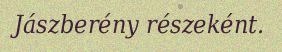
Jászberény részeként.